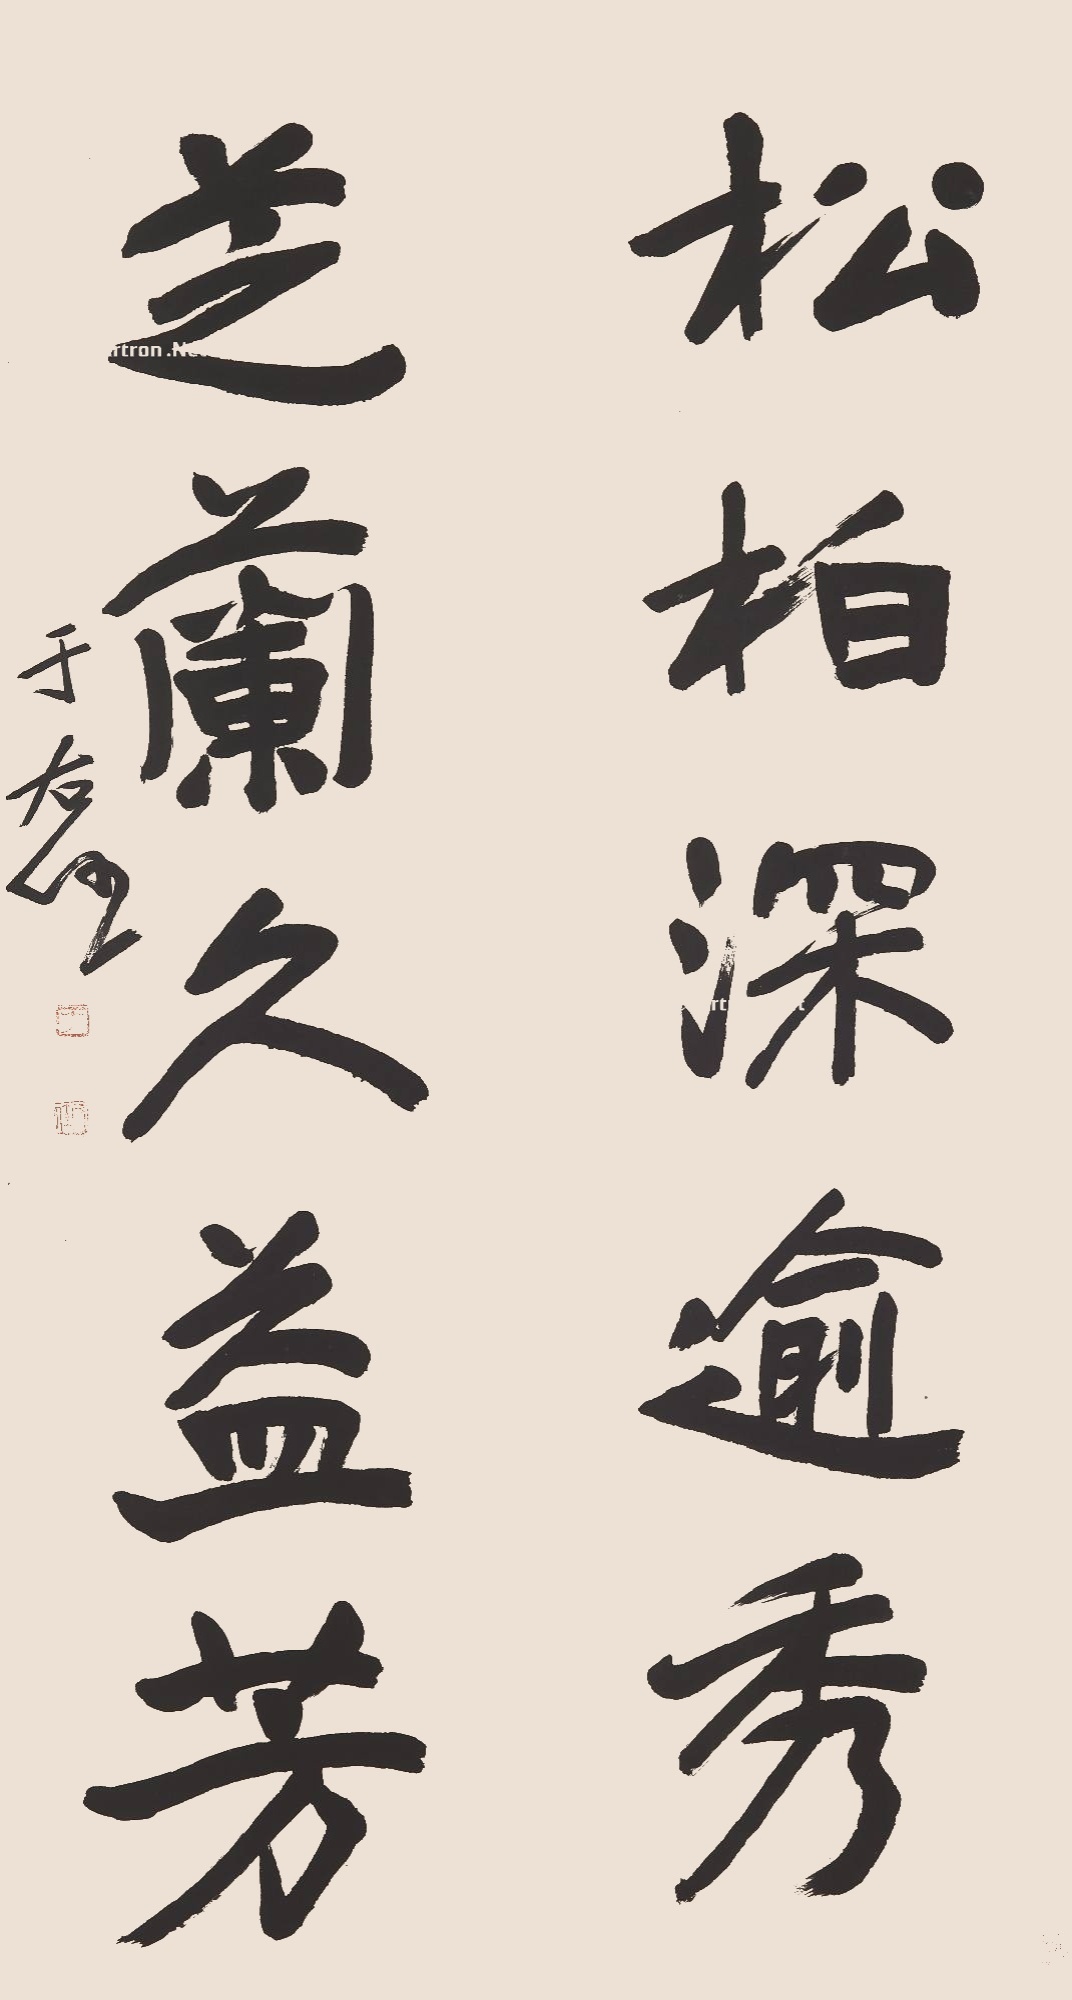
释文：松柏深逾秀，芝兰久益芳。于右任。